system: You are a helpful assistant.
user:
Analyze the provided spectrum to determine if it is a **"Cataclysmic Variables (CV)"**.

- **Key Indicators for CV (Check for either state):**
    - **State 1: Quiescent / Low-State (Emission-Dominated)**
        - **(Primary):** Strong and *very broad* Hydrogen Balmer emission lines (e.g., $H\alpha$ at 6563 Å, $H\beta$ at 4861 Å). The 'broadness' (high velocity dispersion, often FWHM > 1000 km/s) is the key diagnostic, indicating a high-velocity accretion disk.
        - **(Secondary):** Broad neutral Helium (He I) emission lines (e.g., 5876 Å, 6678 Å).
        - **(Key Confirmation):** Presence of high-excitation *ionized* Helium (He II) emission at 4686 Å. This is a strong indicator of accretion onto a white dwarf.
        - **(Line Profile):** Emission lines may exhibit a 'double-peaked' profile, which is a classic signature of a rotating accretion disk viewed at high inclination.

    - **State 2: Outburst / High-State (Absorption-Dominated)**
        - **(Primary):** Spectrum is dominated by a bright, blue continuum (looks like a hot star).
        - **(Secondary):** The emission lines from State 1 are weak, absent, or 'filled in', and are replaced by broad, shallow *absorption* lines (primarily Balmer and He I).
        - **(Morphology):** The overall spectrum mimics a hot B/A-type star. The crucial difference is that the absorption lines are significantly broader, shallower, and more 'washed-out' (or 'smeared') than the sharp lines of a normal stellar photosphere, due to high rotational speeds and pressure broadening in the disk.

Think first, call **spectral_visualization_tool** if needed to examine features in detail, then provide your final answer. Your response must adhere to the following strict rules:
1.  **Overall Structure:** Your response must follow the format `<think>...</think> <tool_call>...</tool_call> (if a tool is used) <answer>...</answer>`.
2.  **Tool Usage Constraint:** You may only make **one** tool call per turn.
3.  **Final Answer Format:** In the `<answer>` tag, your conclusion must be inside a `\boxed{}` command (e.g., `\boxed{YES}`), followed by your justification.

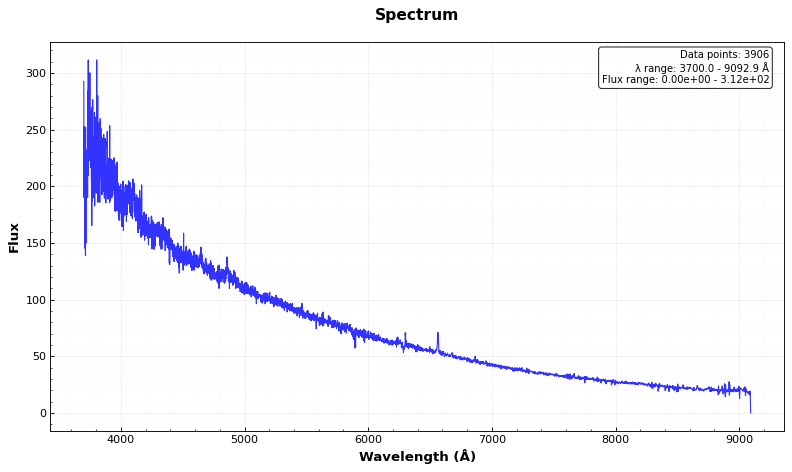
Answer: YES